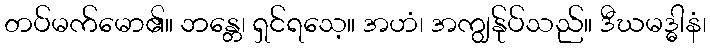
တပ်မက်မော၏။ ဘန္တေ၊ ရှင်ရသေ့။ အဟံ၊ အကျွန်ုပ်သည်။ ဒီဃမဒ္ဓါနံ၊